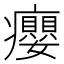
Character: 癭